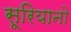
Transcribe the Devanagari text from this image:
सूरियानो